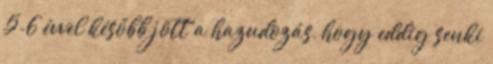
5-6 évvel később jött a hazudozás, hogy eddig senki